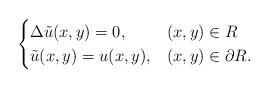
LaTeX: \begin{align*}\begin{cases}\Delta \tilde u(x,y)=0, & (x,y)\in R\\\tilde u(x,y)=u(x,y), & (x,y)\in \partial R.\end{cases}\end{align*}